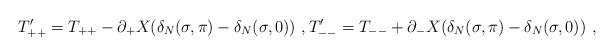
LaTeX: \begin{align*}T'_{++}=T_{++}-\partial_+X(\delta_N(\sigma,\pi)-\delta_N(\sigma,0)) \ ,T'_{--}=T_{--}+\partial_-X(\delta_N(\sigma,\pi)-\delta_N(\sigma,0)) \ ,\end{align*}